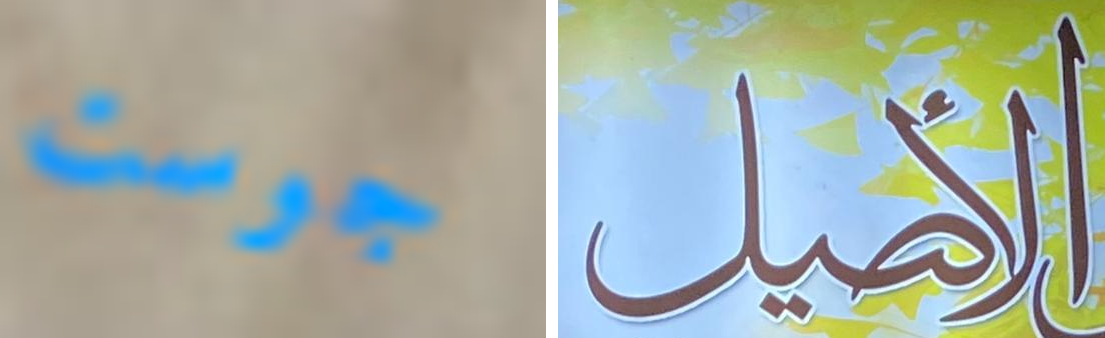
جوست الأصيل